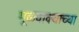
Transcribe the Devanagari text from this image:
मूळवाक्याच्या